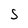
Character: S